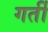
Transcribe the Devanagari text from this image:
गर्ती